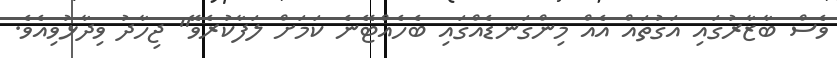
ވެސް ބާޒާރުގައި އަގުތައް އެއް މިންގަނޑެއްގައި ބެހެއްޓޭނެ ކަމަށް ލަފާކުރެވޭ" ޖިހާދު ވިދާޅުވިއެވެ.